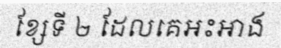
ខ្សែទី ២ ដែលគេអះអាង